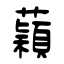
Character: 蘔